Civil Veterinary Department. United Provinces 1912-22 - 1912-1922
Year: 1912
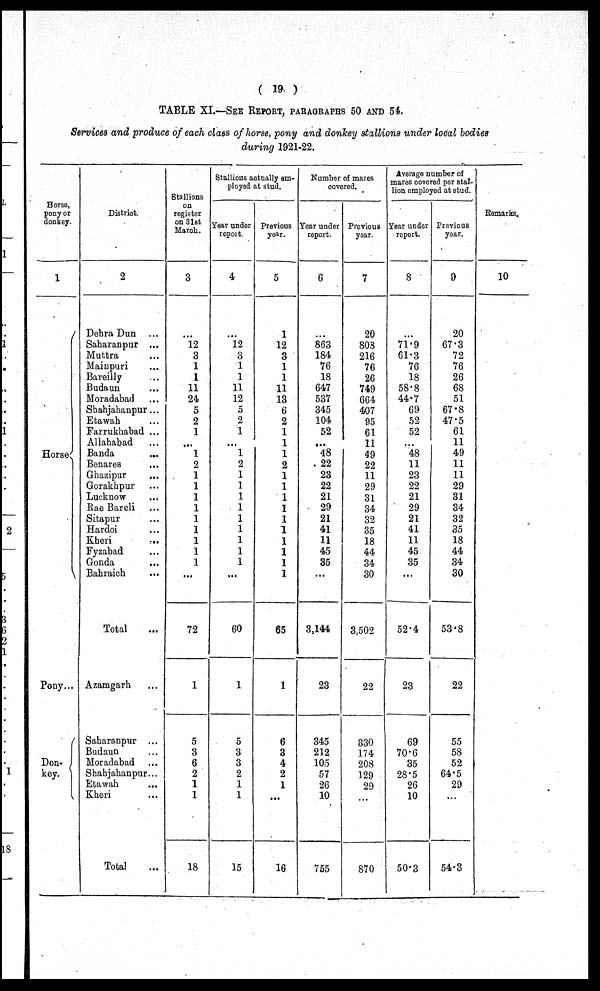
( 19 )
TABLE XI.—SEE REPORT, PARAGRAPHS 50 AND 54.
Services and produce of each class of horse, pony and donkey stallions under local bodies
during 1921-22.
Horse,
pony or
donkey.
1
Horse
Pony...
Don-
key.
District.
2
Dehra Dun ...
Saharanpur ...
Muttra ...
Mainpuri ...
Bareilly ...
Budaun ...
Moradabad ...
Shahjahanpur ...
Etawah ...
Farrukhabad ...
Allahabad ...
Banda ...
Benares ...
Ghazipur ...
Gorakhpur ...
Lucknow ...
Rae Bareli ...
Sitapur ...
Hardoi ...
Kheri ...
Fyzabad ...
Gonda ...
Bahraich ...
Total ...
Azamgarh ...
Saharanpur ...
Budaun ...
Moradabad ...
Shahjahanpur ...
Etawah ...
Kheri ...
Total ...
Stallions
on
register
on 31st
March.
3
...
12
3
1
1
11
24
5
2
1
...
1
2
1
1
1
1
1
1
1
1
1
...
72
1
5
3
6
2
1
1
18
Stallions actually em-
ployed at stud.
Year under
report.
4
...
12
3
1
1
11
12
5
2
1
...
1
2
1
1
1
1
1
1
1
1
1
...
60
1
5
3
3
2
1
1
15
Previous
year.
5
1
12
3
1
1
11
13
6
2
1
1
1
2
1
1
1
1
1
1
1
1
1
1
65
1
6
3
4
2
1
...
16
Number of mares-
covered.
Year under
report.
6
...
863
184
76
18
647
537
345
104
52
...
48
22
23
22
21
29
21
41
11
45
35
...
3,144
23
345
212
105
57
26
10
755
Previous
year.
7
20
803
216
76
26
749
664
407
95
61
11
49
22
11
29
31
34
32
35
18
44
34
30
3,502
22
830
174
208
129
29
...
870
Average number of
mares covered per stal-
lion employed at stud.
Year under
report.
8
...
71.9
61.3
76
18
58.8
44.7
69
52
52
...
48
11
23
22
21
29
21
41
11
45
35
...
52.4
23
69
70.6
35
28.5
26
10
50.3
Previous
year.
9
20
67.3
72
76
26
68
51
67.8
47.5
61
11
49
11
11
29
31
34
32
35
18
44
34
30
53.8
22
55
58
52
64.5
29
...
54.3
Remarks,
10